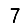
Digit: 7